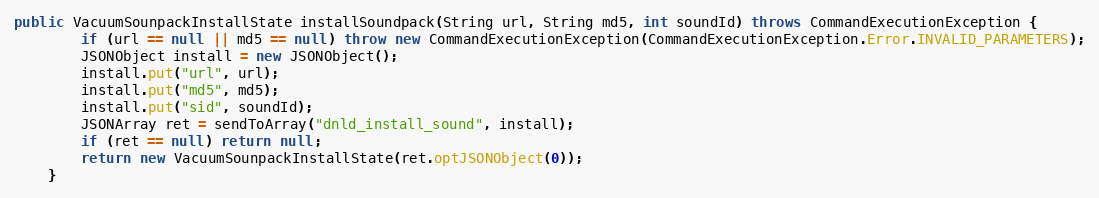
Language: Java
public VacuumSounpackInstallState installSoundpack(String url, String md5, int soundId) throws CommandExecutionException {
        if (url == null || md5 == null) throw new CommandExecutionException(CommandExecutionException.Error.INVALID_PARAMETERS);
        JSONObject install = new JSONObject();
        install.put("url", url);
        install.put("md5", md5);
        install.put("sid", soundId);
        JSONArray ret = sendToArray("dnld_install_sound", install);
        if (ret == null) return null;
        return new VacuumSounpackInstallState(ret.optJSONObject(0));
    }